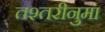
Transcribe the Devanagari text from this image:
तश्तरीनुमा